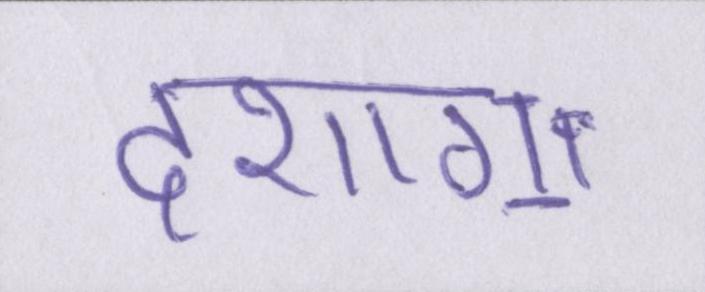
दशाॻ